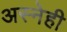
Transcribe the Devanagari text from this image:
अस्नेही